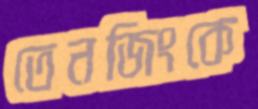
তেনজিংকে